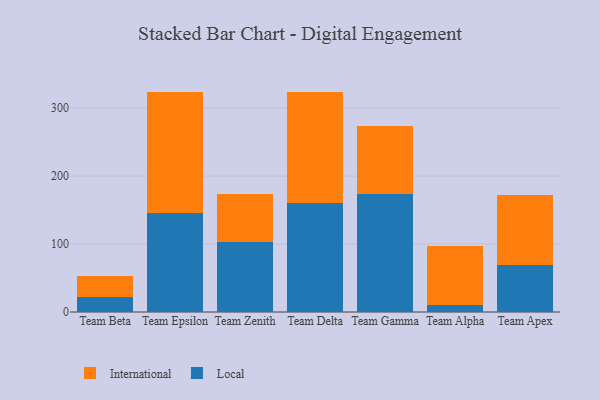
{"axis": {"x": "Team", "y": "Energy Usage (MWh)"}, "legend": ["International", "Local"], "data": [{"x": "Team Beta", "y": 22.6, "type": "Local"}, {"x": "Team Beta", "y": 30.0, "type": "International"}, {"x": "Team Epsilon", "y": 145.3, "type": "Local"}, {"x": "Team Epsilon", "y": 178.9, "type": "International"}, {"x": "Team Zenith", "y": 103.5, "type": "Local"}, {"x": "Team Zenith", "y": 69.7, "type": "International"}, {"x": "Team Delta", "y": 159.7, "type": "Local"}, {"x": "Team Delta", "y": 164.6, "type": "International"}, {"x": "Team Gamma", "y": 173.4, "type": "Local"}, {"x": "Team Gamma", "y": 99.8, "type": "International"}, {"x": "Team Alpha", "y": 9.8, "type": "Local"}, {"x": "Team Alpha", "y": 88.0, "type": "International"}, {"x": "Team Apex", "y": 69.6, "type": "Local"}, {"x": "Team Apex", "y": 103.0, "type": "International"}]}